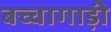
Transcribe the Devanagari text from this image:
बच्चागाड़ी